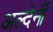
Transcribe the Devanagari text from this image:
अल्देर्नी